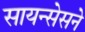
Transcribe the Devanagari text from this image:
सायन्सेसने